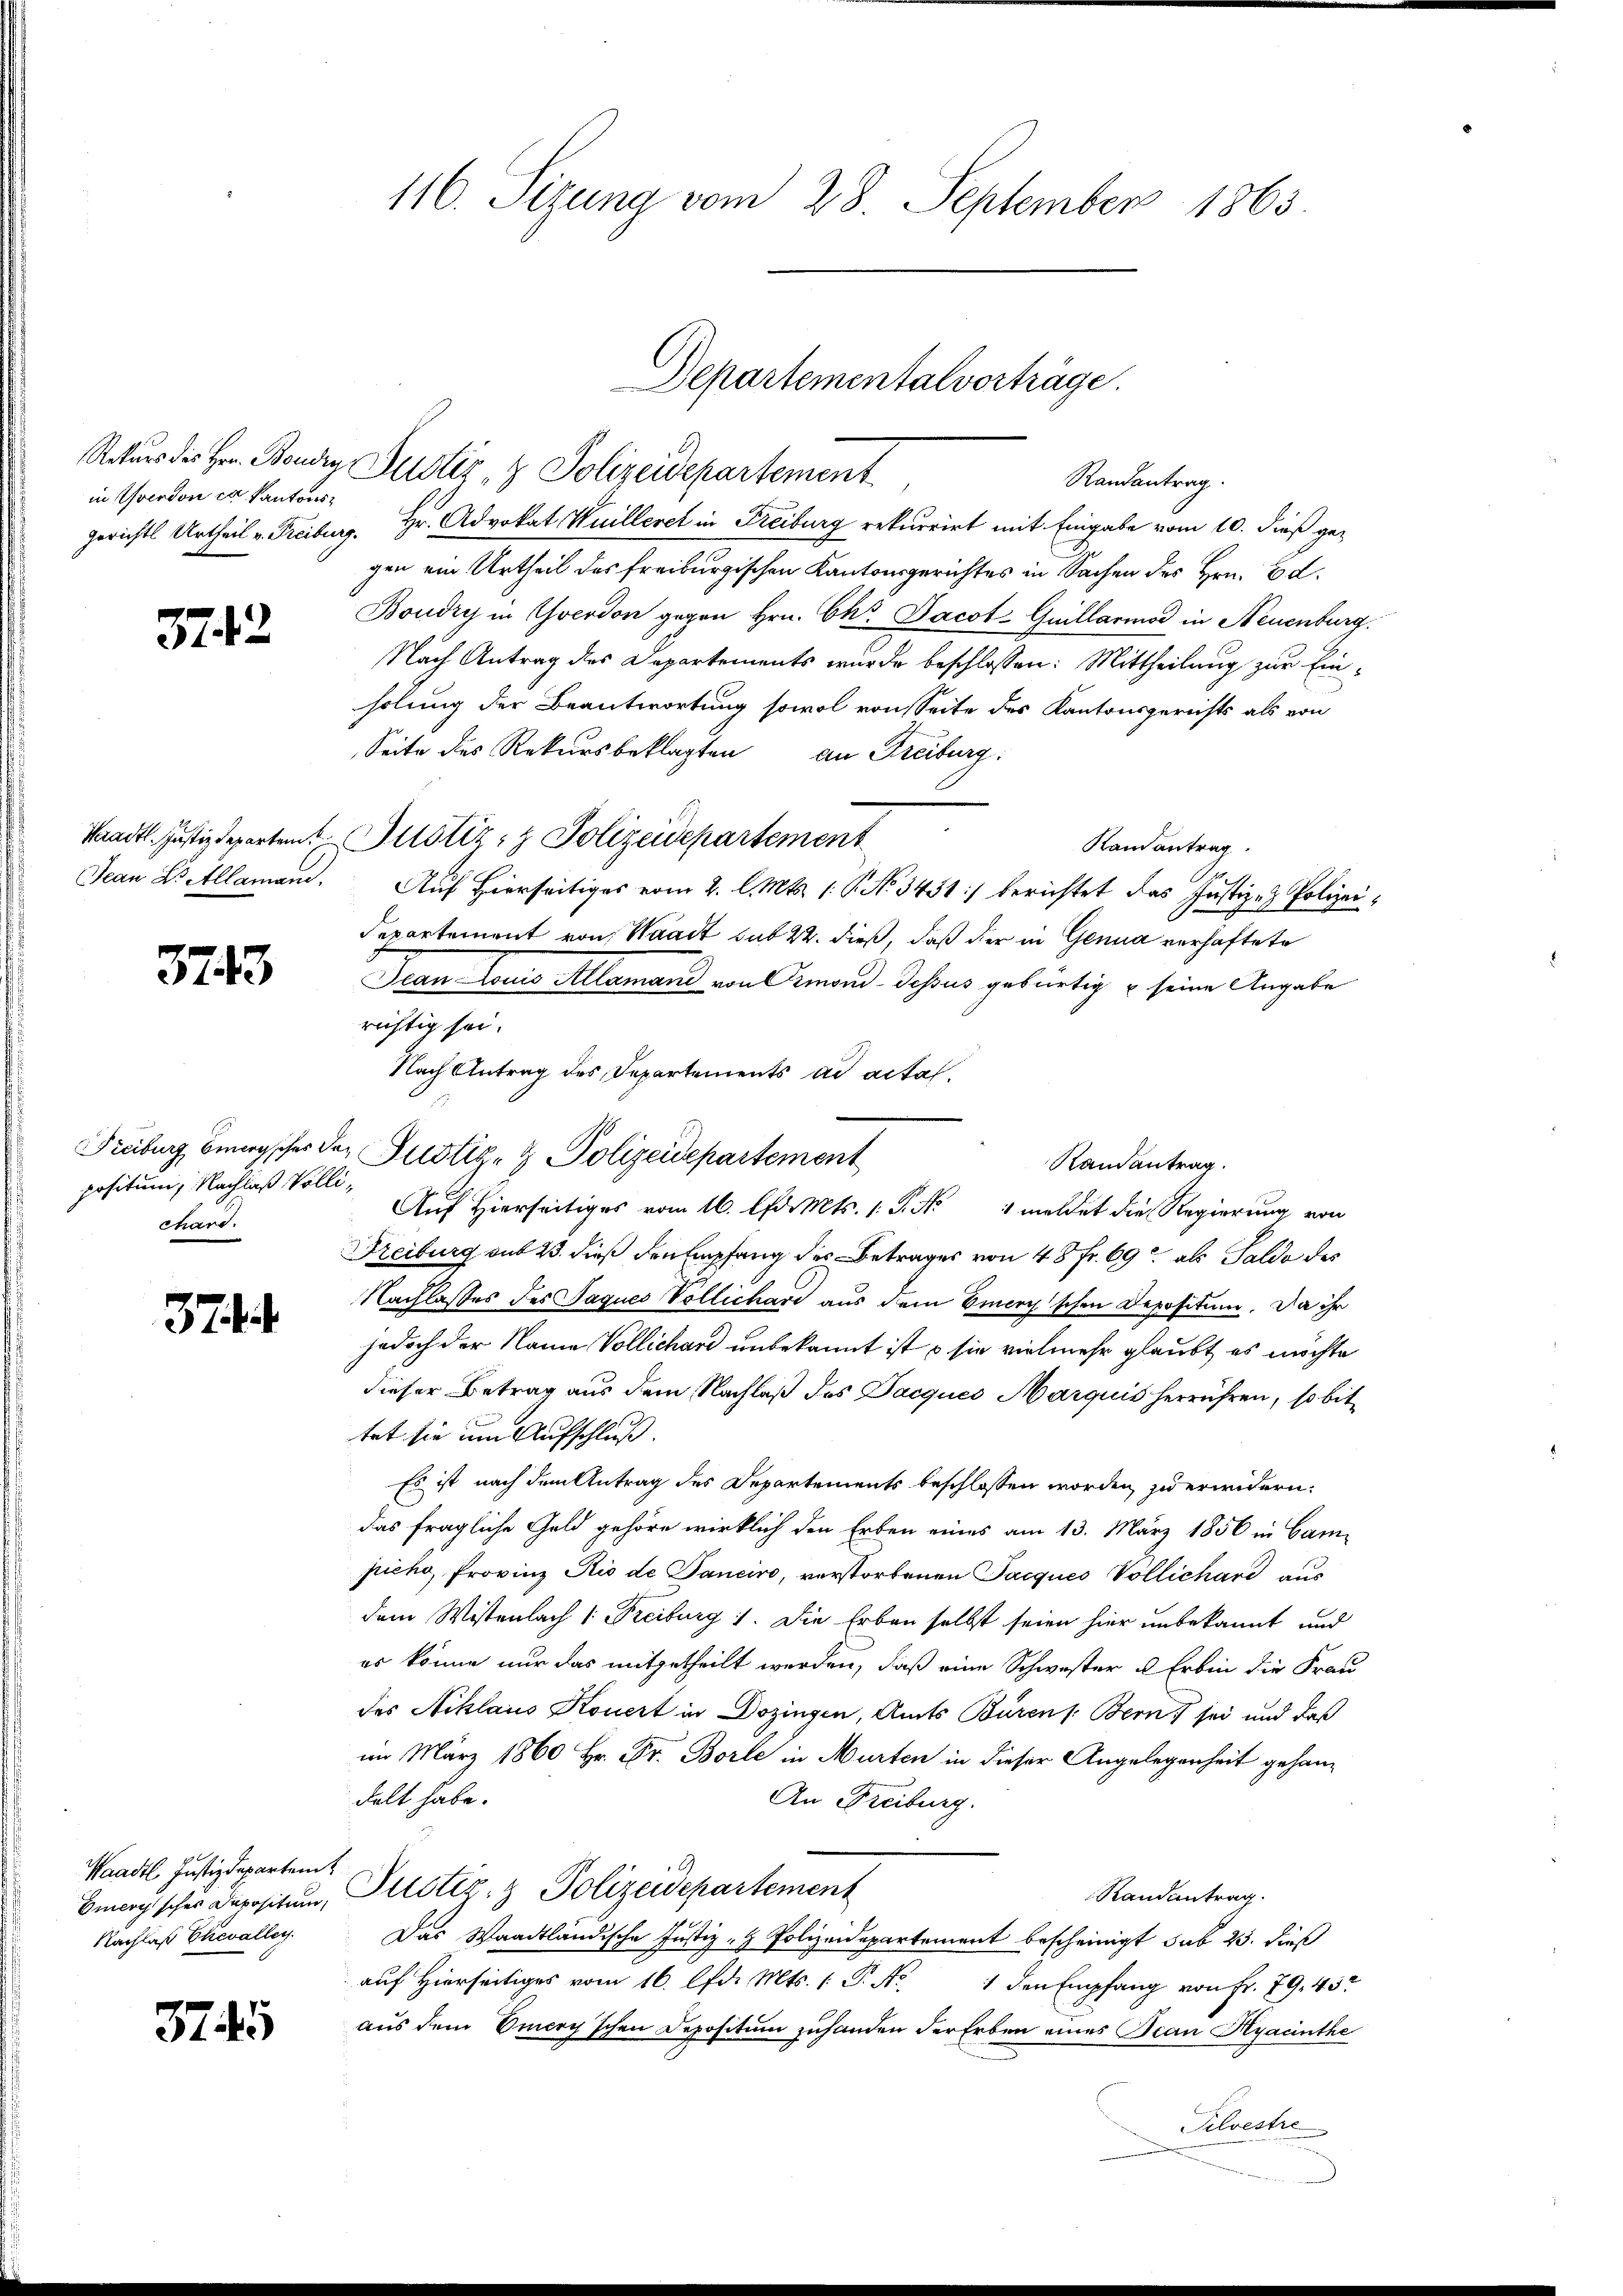
in Yverdon ca kantons¬

3742

Jean Dr. Allamand

3743

positum, Nachlaß Vollichard.

371

Waadt Justizdepartem
Nachlaß Chevalley

3745

Rekurs des Hrn. Boudry Zustiz- & Polizeidepartement
gerichts Urtheil v. Freiburg. Hr. Advokat Huilleret in Freiburg rekurrirt mit Eingabe vom 10. dieß gegen ein Urtheil des freiburgischen Kantonsgerichtes in Sachen des Hrn. Ed.
Boudry in Yverdon gegen Hrn. Chr. Jacot-Guillario in Neuenburg.
Nach Antrag des Departements wurde beschlossen: Mittheilung zur Einholung der Beantwortung sowol von Seite des Kantonsgerichts als von
Seite des Rekursbeklagten an Freiburg.
Saadtl. Justizdeparten Justiz- & Polizeidepartement
Ramantrag
r
Auf hierseitiges vom 2. l. Mts. 1. P. No 3451) berichtet das Justiz- & Polizei¬
Departement von Waadt sub 22. dieß, daß der in Genua verhaftete
Jean Louis Allemand von Ormond-dessus gebürtig & seine Angabe
richtig sei.
Nach Antrag des Departements ad actal¬
Freiburg Bürgscher der Justiz- & Polizeispartement
Auf Hierseitiges vom 16. d. Mts. 1 S. Nr. 1 meldet die Regierung von
Freiburg sub 23. dieß den Empfang des Betrages von 48 Fr. 69 als Saldo des
Nachlasses des Jaques Vollichard aus dem Einer schon Depositum. Da ihr
jedoch der Name Vollichard unbekannt ist, – sie vielmehr glaubt es möchte
dieser Betrag aus dem Nachlaß des Jacques Marquis herrühren, so bittet sie um Aufschluß.
Es ist nach dem Antrag des Departements beschlossen worden, zu erwidern:
das fragliche Geld gehöre wirklich den Erben eines am 13. März 1856 in Can
piche, Provinz Rio de Tanciro, verstorbenen Jacques Vollichard aus
dem Wistenlach 1 Freiburg 1. Die Erben selbst seien hier unbekannt und
es könne nur das mitgetheilt werden, daß eine Schwester u Erbin die Frau
des Niklaus Kouert in Dozingen, Amts Büren /: Bern, sei und daß
im März 1860 Hr. Dr. Borle in Murten in dieser Angelegenheit gehandelt habe.
An Freiburg.
Energischer Depositum, Pustiz- & Polizeidepartement
Randantrag.
Das Waadtländische Justiz - Polizeidepartement bescheinigt sub 23. dieß
auf Hierseitiges vom 16. d. Mts. 1 P. Nr. 1 den Empfang von Fr. 79. 43
aus dem Omery'schen Depositum zuhanden der Erben eines Jean Hyaünthe
Pilvestre

116. Sizung vom 28. September 1863.

Departementalvorträge.

Randantrag.

Randantrag.